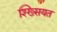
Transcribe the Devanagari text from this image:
श्ख्सियत